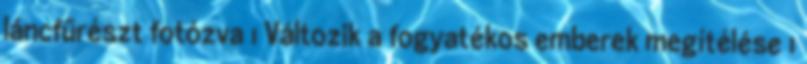
láncfűrészt fotózva 1 Változik a fogyatékos emberek megítélése 1